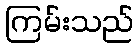
ကြမ်းသည်